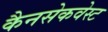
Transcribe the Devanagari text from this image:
कैनसेकवेस्ट